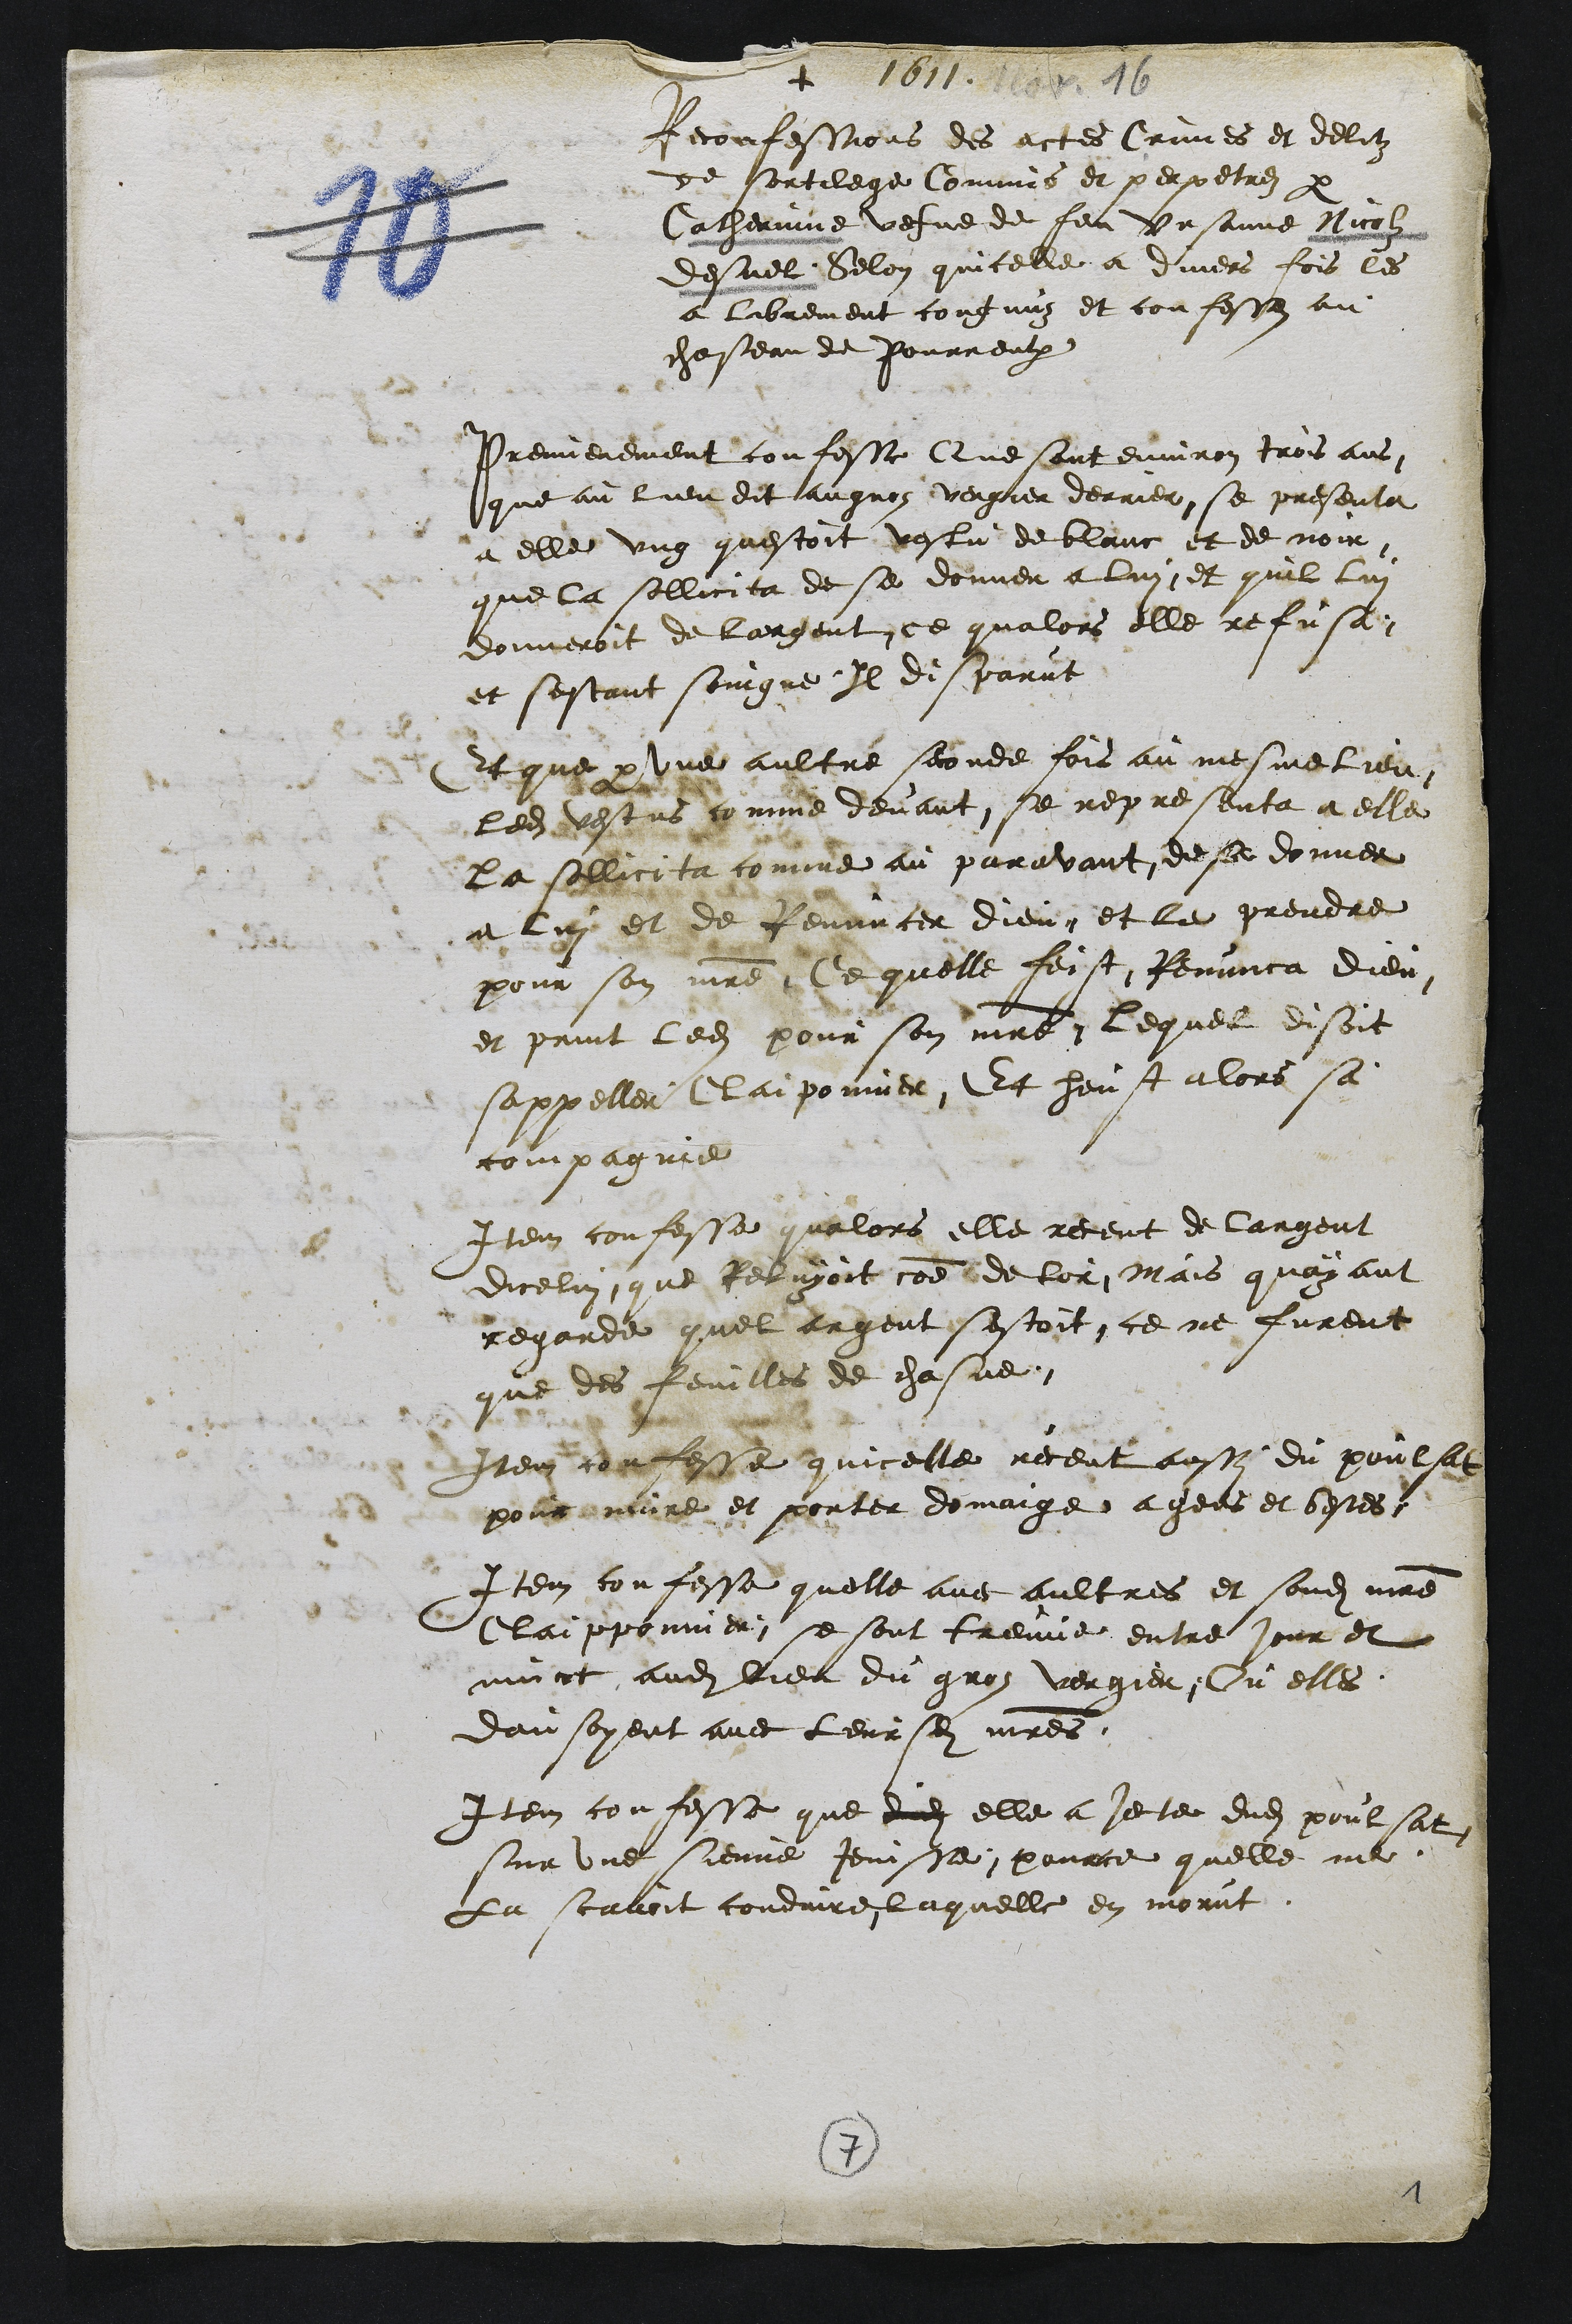
+ 1611.
Reconfessions des actes Crimes et delitz
de sortilege Commis et perpetrez par
Catherinne vefve de feu Ursanne Nicolz
desuel. Selon quicelle a divers fois les
a librement cougnuz et confesses au
chasteau de Pourrentruy
Premierement confesse Que sont environ trois ans,
que au lieu dit au gros vergier derrier se presenta
a elle ung questoit vestu de blanc et de noir,
que la sollicita de se donner a lui, et quil lui
donneroit de largent, ce qualors elle refusa,
et sestant soingne Il disparut
Et que par une aultre seconde fois au mesme lieu
ledit vestus comme devant se representa a elle
la sollicita comme au paravant de se donner
a lui et de Renuncer dieu et la prendre
pour son maitre, Ce quelle feist Renunca dieu
et print ledit pour son maitre, lequel disoit
sappeller Claiponnier Et heust alors sa
compagnie
Item confesse qualors elle receut de largent
dicelui que Reluyoit comme de lor Mais quayant
regarde quel argent sestoit ce ne furent
que des feuilles de chasne.
Item confesse quicelle receut aussy du poulsat
pour nuire et porter domaige a gens et bestes.
Item confesse quelle avec aultres et sondit maitre
Claipponnier se sont treuve entre jour et
nuict audit lieu du gros vergier Ou elles
dansoyent avec leursdits maitres.
Item confesse que dudit elle a jecte dudit poulsat
sur une sienne Jenisse pource quelle ne
La scavoit conduire laquelle en morut.